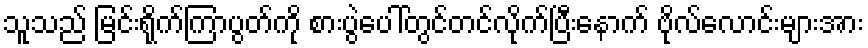
သူသည် မြင်းရိုက်ကြာပွတ်ကို စားပွဲပေါ်တွင်တင်လိုက်ပြီးနောက် ဗိုလ်လောင်းများအား